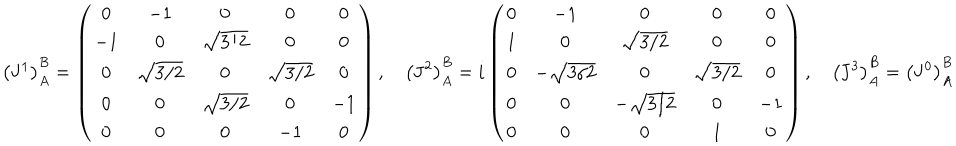
\left( { \bf J } ^ { 1 } \right) _ { A } ^ { B } = \left( \begin{array} { c c c c c } { { 0 } } & { { - 1 } } & { { 0 } } & { { 0 } } & { { 0 } } \\ { { - 1 } } & { { 0 } } & { { \sqrt { 3 / 2 } } } & { { 0 } } & { { 0 } } \\ { { 0 } } & { { \sqrt { 3 / 2 } } } & { { 0 } } & { { \sqrt { 3 / 2 } } } & { { 0 } } \\ { { 0 } } & { { 0 } } & { { \sqrt { 3 / 2 } } } & { { 0 } } & { { - 1 } } \\ { { 0 } } & { { 0 } } & { { 0 } } & { { - 1 } } & { { 0 } } \\ \end{array} \right) , \quad \left( { \bf J } ^ { 2 } \right) _ { A } ^ { B } = i \left( \begin{array} { c c c c c } { { 0 } } & { { - 1 } } & { { 0 } } & { { 0 } } & { { 0 } } \\ { { 1 } } & { { 0 } } & { { \sqrt { 3 / 2 } } } & { { 0 } } & { { 0 } } \\ { { 0 } } & { { - \sqrt { 3 / 2 } } } & { { 0 } } & { { \sqrt { 3 / 2 } } } & { { 0 } } \\ { { 0 } } & { { 0 } } & { { - \sqrt { 3 / 2 } } } & { { 0 } } & { { - 1 } } \\ { { 0 } } & { { 0 } } & { { 0 } } & { { 1 } } & { { 0 } } \\ \end{array} \right) , \quad \left( { \bf J } ^ { 3 } \right) _ { A } ^ { B } = \left( { \bf J } ^ { 0 } \right) _ { A } ^ { B }